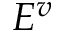
E ^ { v }